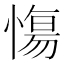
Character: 慯